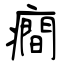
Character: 癎